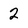
Character: 2